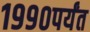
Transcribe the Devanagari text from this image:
१९९०पर्यंत